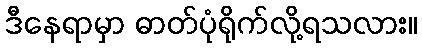
ဒီနေရာမှာ ဓာတ်ပုံရိုက်လို့ရသလား။